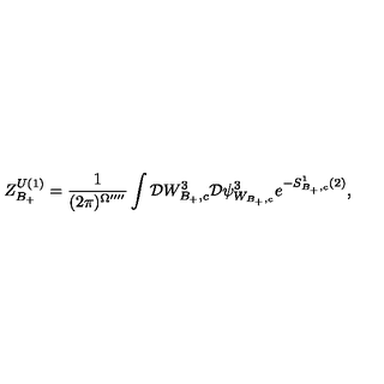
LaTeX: Z _ { B _ { + } } ^ { U ( 1 ) } = \frac { 1 } { ( 2 \pi ) ^ { \Omega ^ { \prime \prime \prime \prime } } } \int { \cal D } W _ { B _ { + } , c } ^ { 3 } { \cal D } \psi _ { W _ { B _ { + } , c } } ^ { 3 } e ^ { - S _ { B _ { + } , c } ^ { 1 } ( 2 ) } ,